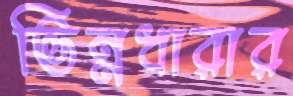
ভিন্নধারার